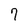
Character: 7